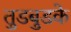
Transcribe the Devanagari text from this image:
तुडबुडके